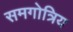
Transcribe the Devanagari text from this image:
समगोत्रिय